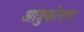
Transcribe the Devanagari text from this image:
आत्रुकोनाम